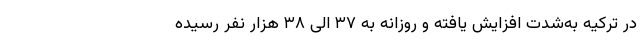
در ترکیه به‌شدت افزایش یافته و روزانه به ۳۷ الی ۳۸ هزار نفر رسیده